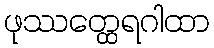
ဖုဿတ္ထေရဂါထာ